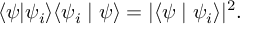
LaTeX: \langle \psi | \psi _ { i } \rangle \langle \psi _ { i } \mid \psi \rangle = | \langle \psi \mid \psi _ { i } \rangle | ^ { 2 } .